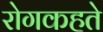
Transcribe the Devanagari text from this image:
रोगकहते